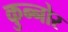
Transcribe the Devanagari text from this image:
कुन्नोर